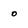
Character: o